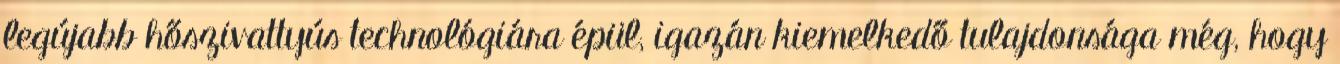
legújabb hőszivattyús technológiára épül, igazán kiemelkedő tulajdonsága még, hogy